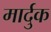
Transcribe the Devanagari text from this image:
मार्दुक